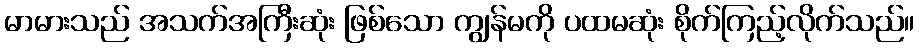
မာမားသည် အသက်အကြီးဆုံး ဖြစ်သော ကျွန်မကို ပထမဆုံး စိုက်ကြည့်လိုက်သည်။